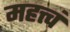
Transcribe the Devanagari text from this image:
महत्त्वं